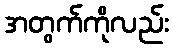
အတွက်ကိုလည်း